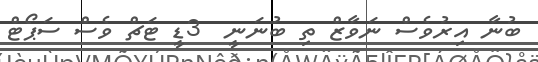
ބުނާ އިރުވެސް ނަވާޒް ތި ބުނަނީ  3ޑީ ޓަޗް ވެސް ސަޕޯޓް